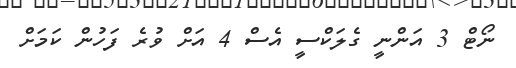
ނޯޓް 3 އަންނީ ގެލަކްސީ އެސް 4 އަށް ވުރެ ފަހުން ކަމަށް